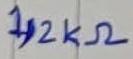
Text: 1,2KΩ